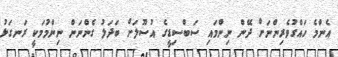
އެންމެ ހައްގުވެރިންނަށް ދޭން ނިންމައި ސަބްސިޑީގެ އުސޫލަށް ބަދަލު ގެންނަން ނިންމުމަކީ ރަނގަޅު